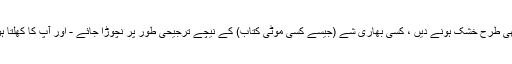
19. اسے اچھی طرح خشک ہونے دیں ، کسی بھاری شے (جیسے کسی موٹی کتاب) کے نیچے ترجیحی طور پر نچوڑا جائے - اور آپ کا کھلتا ہوا کمل ہو گیا!